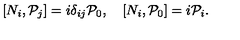
\left[ N _ { i } , { \cal P } _ { j } \right] = i \delta _ { i j } { \cal P } _ { 0 } , \quad \left[ N _ { i } , { \cal P } _ { 0 } \right] = i { \cal P } _ { i } .